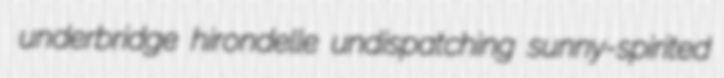
underbridge hirondelle undispatching sunny-spirited